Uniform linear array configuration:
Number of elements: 64
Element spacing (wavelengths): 1
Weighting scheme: exponential
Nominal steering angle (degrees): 45
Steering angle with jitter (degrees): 46.537
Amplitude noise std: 0.05
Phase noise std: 0.05

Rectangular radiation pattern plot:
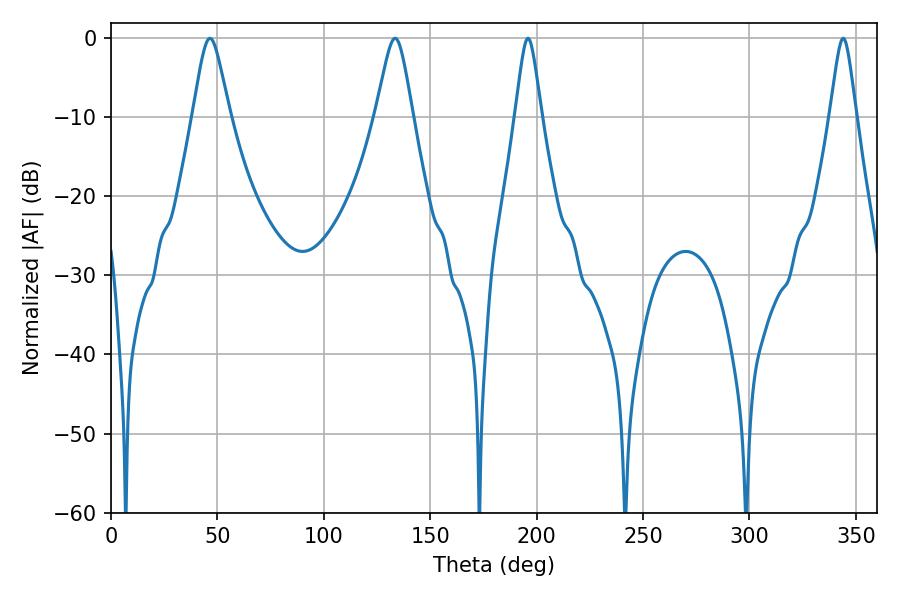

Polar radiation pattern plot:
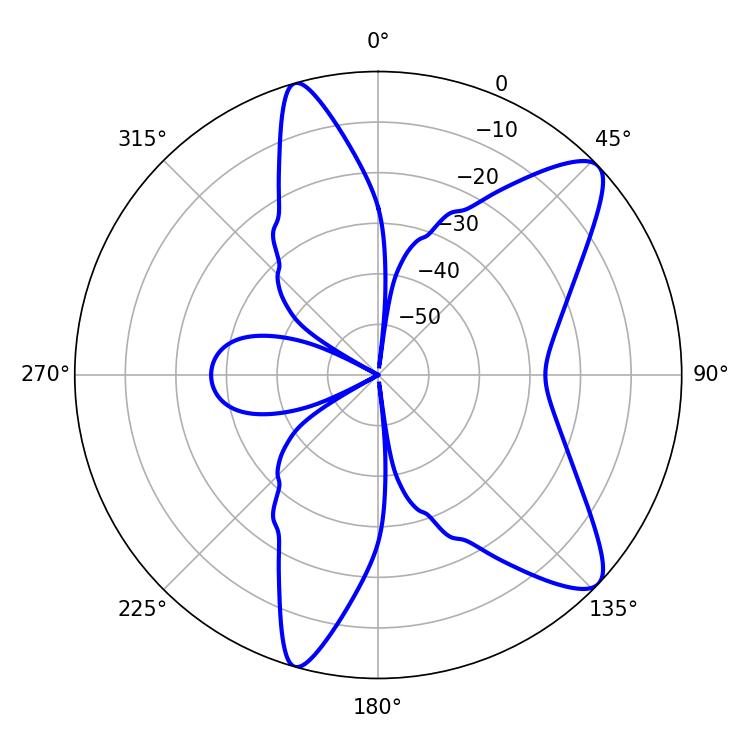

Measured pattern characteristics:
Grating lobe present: TRUE
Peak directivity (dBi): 10.2
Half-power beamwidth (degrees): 8.28
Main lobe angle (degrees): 46.44